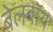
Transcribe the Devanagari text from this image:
बेलबॉय